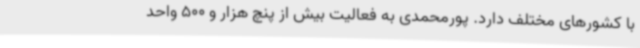
با کشورهای مختلف دارد. پورمحمدی به فعالیت بیش از پنچ هزار و 500 واحد